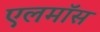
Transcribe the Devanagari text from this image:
एलमॉस